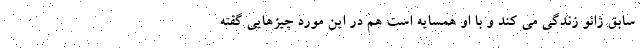
سابق ژائو زندگی می کند و با او همسایه است هم در این مورد چیزهایی گفته